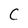
Character: C